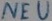
Text: NEU